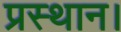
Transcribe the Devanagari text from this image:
प्रस्‍थान।